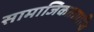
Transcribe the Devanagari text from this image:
सामाजिकताप्राप्ति